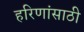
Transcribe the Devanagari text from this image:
हरिणांसाठी